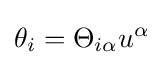
\theta _{i}=\Theta _{i\alpha }u^{\alpha }